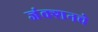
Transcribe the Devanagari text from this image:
जंक्शनचे